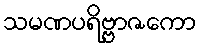
သမဏပရိဗ္ဗာဇကော